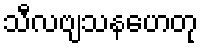
သီလဗျသနဟေတု